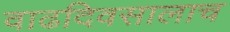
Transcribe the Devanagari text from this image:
वाढदिवसालाच